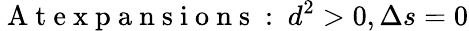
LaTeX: \mathrm{~A~t~e~x~p~a~n~s~i~o~n~s~:~}d^{2}>0,\Delta s=0